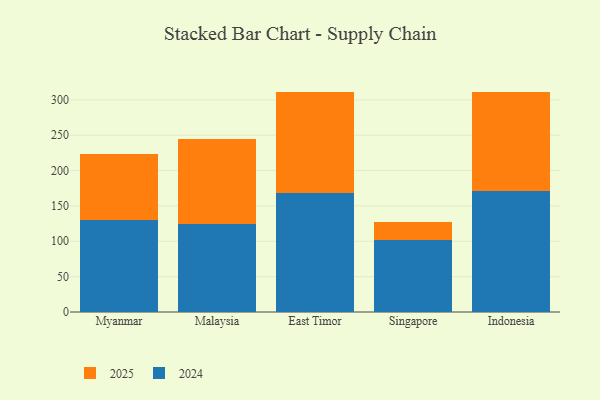
{"axis": {"x": "Country", "y": "Market Share (%)"}, "legend": ["2024", "2025"], "data": [{"x": "Myanmar", "y": 93.2, "type": "2025"}, {"x": "Myanmar", "y": 130.5, "type": "2024"}, {"x": "Malaysia", "y": 119.6, "type": "2025"}, {"x": "Malaysia", "y": 124.8, "type": "2024"}, {"x": "East Timor", "y": 144.1, "type": "2025"}, {"x": "East Timor", "y": 167.6, "type": "2024"}, {"x": "Singapore", "y": 26.4, "type": "2025"}, {"x": "Singapore", "y": 101.2, "type": "2024"}, {"x": "Indonesia", "y": 139.4, "type": "2025"}, {"x": "Indonesia", "y": 171.6, "type": "2024"}]}